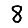
Digit: 8